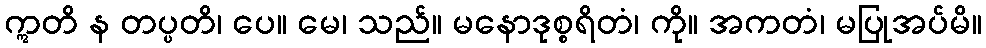
ဣတိ န တပ္ပတိ၊ ပေ။ မေ၊ သည်။ မနောဒုစ္စရိတံ၊ ကို။ အကတံ၊ မပြုအပ်မိ။